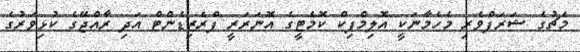
މެޗުގެ ޝަރަފްވެރި މެހެމާނަކީ އޮލިމްޕިކް ކޮމެޓީގެ އޮނަރަރީ ޕްރެޒިޑެންޓް އަދި ރާއްޖޭގެ ކުޅިވަރުގެ